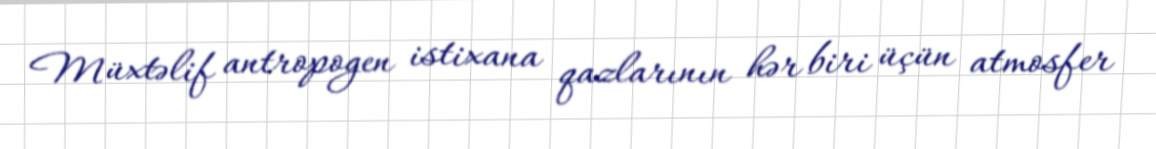
Müxtəlif antropogen istixana qazlarının hər biri üçün atmosfer